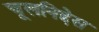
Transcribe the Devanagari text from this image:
चूलनिद्देस